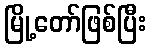
မြို့တော်ဖြစ်ပြီး